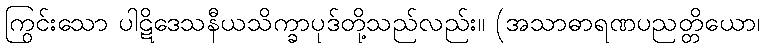
ကြွင်းသော ပါဋိဒေသနီယသိက္ခာပုဒ်တို့သည်လည်း။ (အသာဓာရဏပညတ္တိယော၊